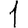
Digit: 1